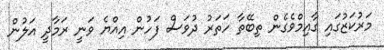
މަރުކަޒުގައި ގާއިމްވެގެން ތިބޭތާ ހަތަރު ދުވަސް ފަހުން އިއްޔެ ވަނީ ރަމާދީ އަލުން